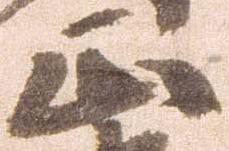
正